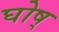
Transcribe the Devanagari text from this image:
घोष्